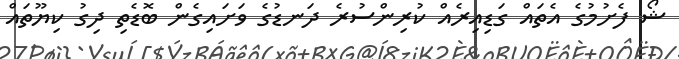
ޝޯ ފެށުމުގެ އެތައް ގަޑިއިރެއް ކުރިންސުރެ ދަނޑުގެ ވަށައިގެން ބޮޑެތި ދިގު ކިޔޫތައް